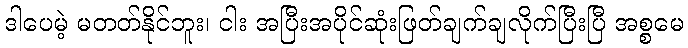
ဒါပေမဲ့ မတတ်နိုင်ဘူး၊ ငါး အပြီးအပိုင်ဆုံးဖြတ်ချက်ချလိုက်ပြီးပြီ အစ္စမေ